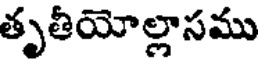
తృతీయోల్లాసము